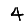
Digit: 4